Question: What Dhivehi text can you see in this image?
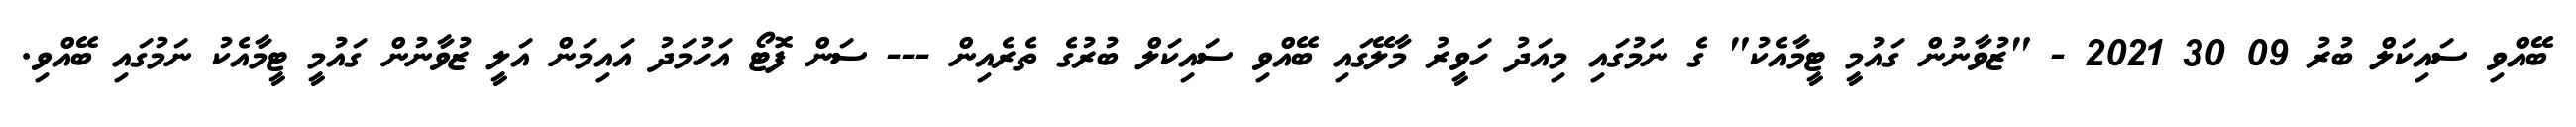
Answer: ބޭއްވި ސައިކަލް ބުރު 09 30 2021 - "ޒުވާނުން ގައުމީ ޓީމާއެކު" ގެ ނަމުގައި މިއަދު ހަވީރު މާލޭގައި ބޭއްވި ސައިކަލް ބުރުގެ ތެރެއިން --- ސަން ފޮޓޯ އަހުމަދު އައިމަން އަލީ ޒުވާނުން ގައުމީ ޓީމާއެކު ނަމުގައި ބޭއްވި.